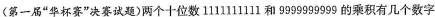
〈第一届”华杯赛”决赛试题)两个十位数11111111lI和9999999999的乘积有几个数字